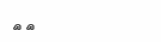
٦٦